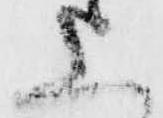
上